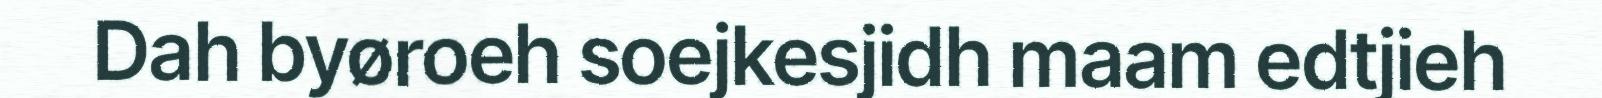
Dah byøroeh soejkesjidh maam edtjieh